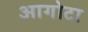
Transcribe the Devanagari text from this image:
आगोटा